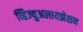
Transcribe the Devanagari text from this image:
व्हिज्युअलायझेशन